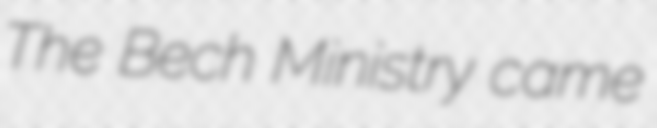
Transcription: The Bech Ministry came